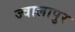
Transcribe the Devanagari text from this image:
ज्‍वालापुर